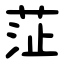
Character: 鿊